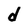
Character: d